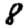
Digit: 8